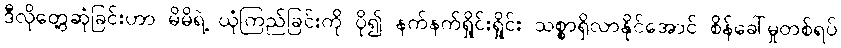
ဒီလိုတွေ့ဆုံခြင်းဟာ မိမိရဲ့ ယုံကြည်ခြင်းကို ပို၍ နက်နက်ရှိုင်းရှိုင်း သစ္စာရှိလာနိုင်အောင် စိန်ခေါ်မှုတစ်ရပ်